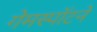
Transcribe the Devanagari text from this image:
गेमस्पॉटने